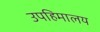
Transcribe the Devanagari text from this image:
उपहिमालय